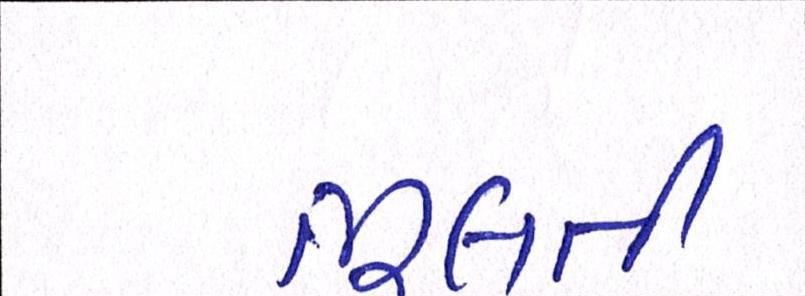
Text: ભૂલતી